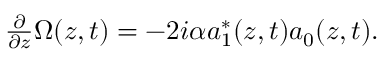
\begin{array} { r } { \frac { \partial } { \partial z } \Omega ( z , t ) = - 2 i \alpha a _ { 1 } ^ { * } ( z , t ) a _ { 0 } ( z , t ) . } \end{array}